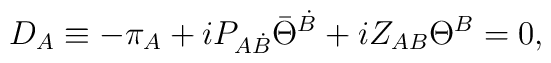
D_{A}\equiv - \pi_A + i P_{A\dot{B}} \bar{\Theta}^{\dot{B}} + iZ_{AB} \Theta^B=0, \qquad